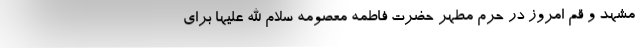
مشهد و قم امروز در حرم مطهر حضرت فاطمه معصومه سلام الله علیها برای